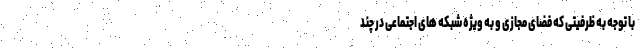
با توجه به ظرفیتی که فضای مجازی و به ویژه شبکه های اجتماعی در چند